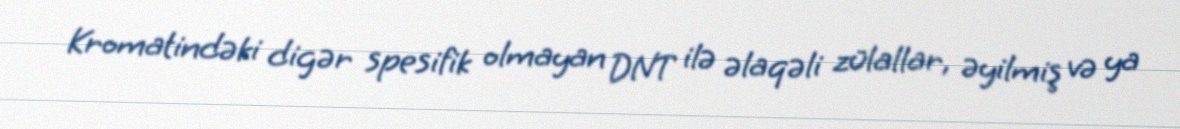
Kromatindəki digər spesifik olmayan DNT ilə əlaqəli zülallar, əyilmiş və ya